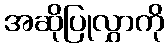
အဆိုပြုလွှာကို